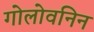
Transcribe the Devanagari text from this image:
गोलोवनिन